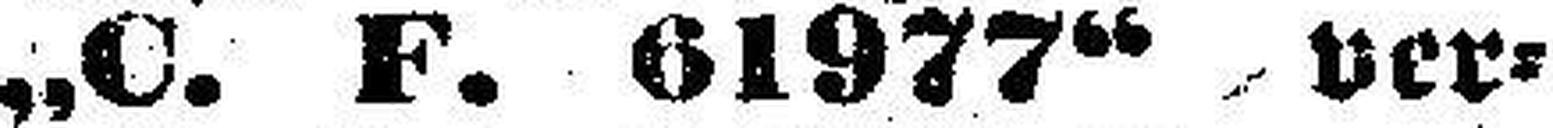
„C. F. 61977“ ver¬